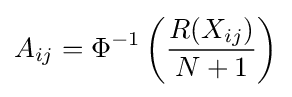
A_{ij}=\Phi ^{-1}\left({\frac {R(X_{ij})}{N+1}}\right)